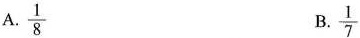
A. \frac{1}{8} B. \frac{1}{7}